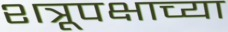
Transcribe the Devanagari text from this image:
शत्रूपक्षाच्या